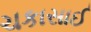
ચકાસાઈ